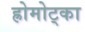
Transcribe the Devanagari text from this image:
ह्रोमोट्का